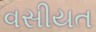
વસીયત